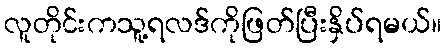
လူတိုင်းကသူ့ရလဒ်ကိုဖြတ်ပြီးနှိပ်ရမယ်။